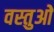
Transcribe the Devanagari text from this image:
वस्तुओें